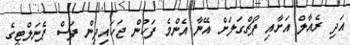
އަދި ރެއާލް އަށާއި ޕޯޗްގަލަށް އޭނާ އެންމެ ފަހުން ޖަހައިދިން ފަސް ޕެނަލްޓީގެ